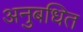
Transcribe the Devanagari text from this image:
अनुबधित